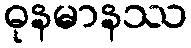
ဓုနမာနဿ